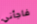
فاجأني